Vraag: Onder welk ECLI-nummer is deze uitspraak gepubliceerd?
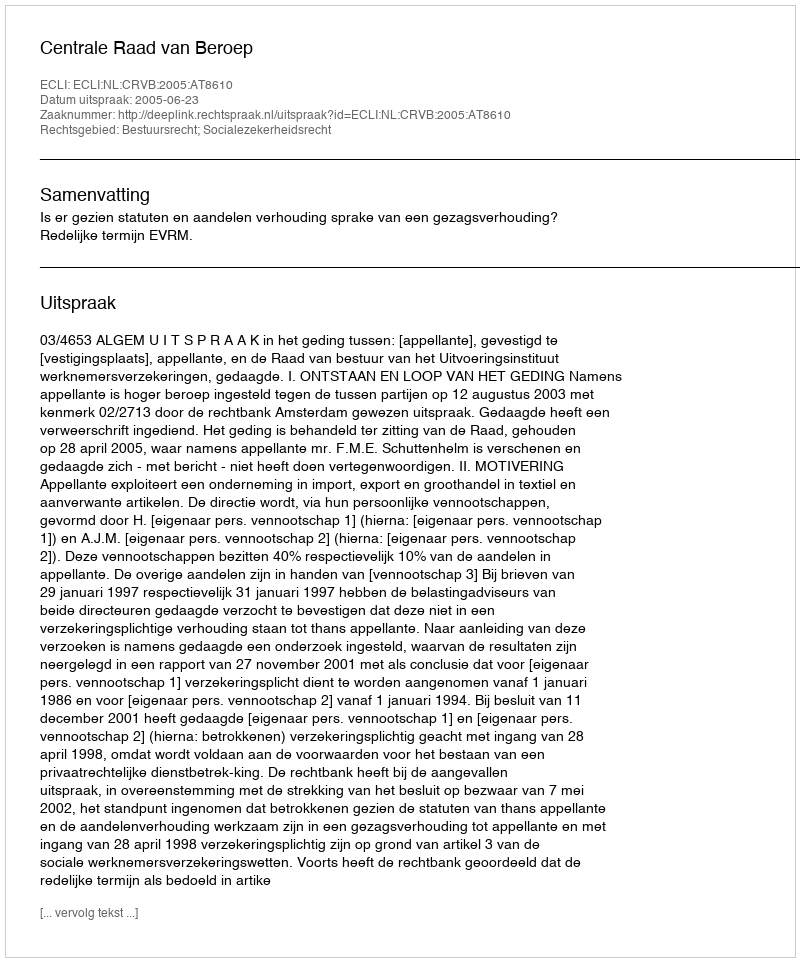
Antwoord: ECLI:NL:CRVB:2005:AT8610